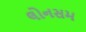
લોનસમ